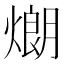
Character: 𤎜